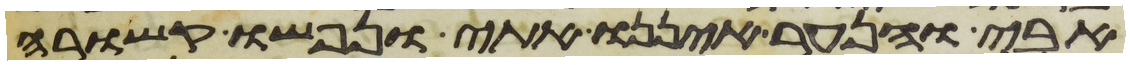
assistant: אבי והנער איננו אתי ונפשו קשורה